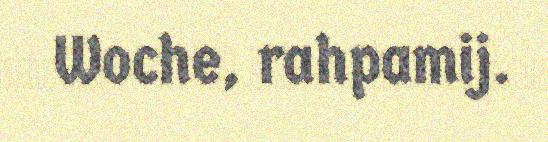
Woche, rahpamij.